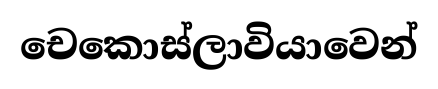
චෙකොස්ලාවියාවෙන්